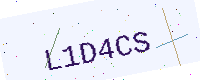
Text: L1D4CS